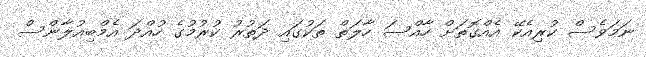
ނަމަވެސް ކުރިއެކޭ އެއްގޮތަށް ހާއްސަ ހާލަތް ތަކުގައި ދަތުރު ކުރުމުގެ ހުއްދަ އެމްބިއުލާންސް